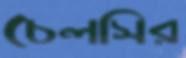
চেলসির